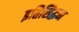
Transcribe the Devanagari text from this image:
इतिसिद्धम